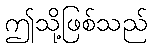
ဤသို့ဖြစ်သည်